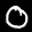
Label: 0